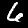
Label: 6